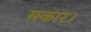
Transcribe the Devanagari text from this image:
मकार।